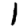
Digit: 1